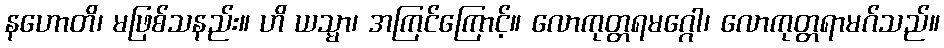
နဟောတိ၊ မဖြစ်သနည်း။ ဟိ ယသ္မာ၊ အကြင်ကြောင့်။ လောကုတ္တရမဂ္ဂေါ၊ လောကုတ္တရာမဂ်သည်။